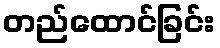
တည်ထောင်ခြင်း